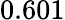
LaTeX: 0.601